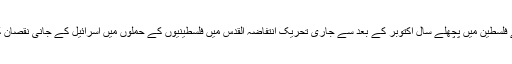
2016ء) اسرائیلی میڈیا نے فلسطین میں پچھلے سال اکتوبر کے بعد سے جاری تحریک انتفاضہ القدس میں فلسطینیوں کے حملوں میں اسرائیل کے جانی نقصان کی تفصیلات جاری کی ہیں۔